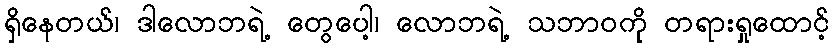
ရှိနေတယ်၊ ဒါလောဘရဲ့ တွေပေါ့၊ လောဘရဲ့ သဘာဝကို တရားရှုထောင့်